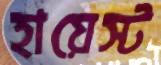
হায়েস্ট